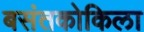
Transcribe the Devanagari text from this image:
बसंतकोकिला